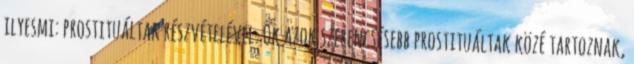
ilyesmi: prostituáltak részvételével. Ők azok szerencsésebb prostituáltak közé tartoznak,